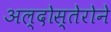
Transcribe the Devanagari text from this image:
अल्दोस्तेरोने